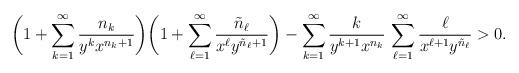
LaTeX: \begin{align*} \bigg(1 + \sum_{k=1}^\infty \frac{n_k}{y^kx^{n_k+1}}\bigg) \bigg(1 + \sum_{\ell=1}^\infty \frac{\tilde{n}_\ell}{x^\ell y^{\tilde{n}_\ell+1}}\bigg) - \sum_{k=1}^\infty \frac{k}{y^{k+1}x^{n_k}}\, \sum_{\ell=1}^\infty \frac{\ell}{x^{\ell+1}y^{\tilde{n}_\ell}} > 0.\end{align*}